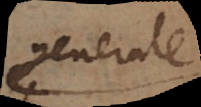
generale